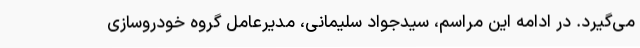
می‌گیرد. در ادامه این مراسم، سیدجواد سلیمانی، مدیرعامل گروه خودروسازی